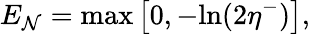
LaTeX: E_{\mathcal{N}}=\textup{{max}}\left[0,-\textup{{ln}}(2\eta^{-})\right],